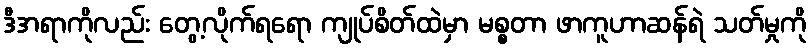
ဒီအရာကိုလည်း တွေ့လိုက်ရရော ကျုပ်စိတ်ထဲမှာ မစ္စတာ ဖာကူဟာဆန်ရဲ သတ်မှုကို